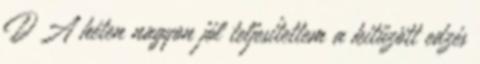
D A héten nagyon jól teljesítettem a kitűzött edzés